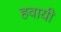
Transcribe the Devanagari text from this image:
हवायी